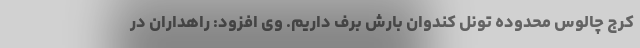
کرج چالوس محدوده تونل کندوان بارش برف داریم. وی افزود: راهداران در